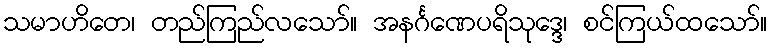
သမာဟိတေ၊ တည်ကြည်လသော်။ အနင်္ဂဏေပရိသုဒ္ဒေ၊ စင်ကြယ်ထသော်။